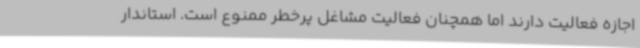
اجازه فعالیت دارند اما همچنان فعالیت مشاغل پرخطر ممنوع است. استاندار